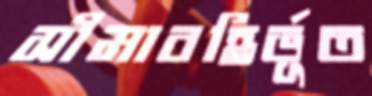
সীমাবহির্ভূত